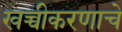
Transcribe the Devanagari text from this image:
खच्चीकरणाचे